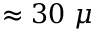
\approx 3 0 ~ \mu